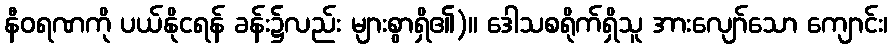
နီဝရဏကို ပယ်နိုငရန် ခန်း၌လည်း များစွာရှိ၏)။ ဒေါသစရိုက်ရှိသူ အားလျော်သော ကျောင်း၊